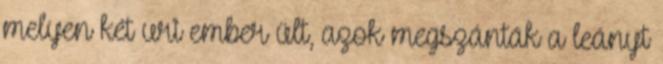
melyen két uri ember ült, azok megszánták a leányt